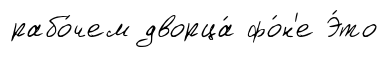
рабо́чем дворца́ фо́н'е Э́то